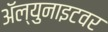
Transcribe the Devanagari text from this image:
ॲल्युनाइटवर